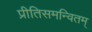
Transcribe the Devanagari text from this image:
प्रीतिसमन्वितम्